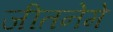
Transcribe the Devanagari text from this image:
जीतनेमे